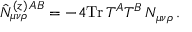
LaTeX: \hat { N } _ { \mu \nu \rho } ^ { ( z ) \, A B } = - 4 \mathrm { T r } \, T ^ { A } T ^ { B } \, N _ { \mu \nu \rho } \, .